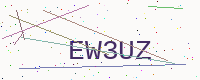
Text: EW3UZ